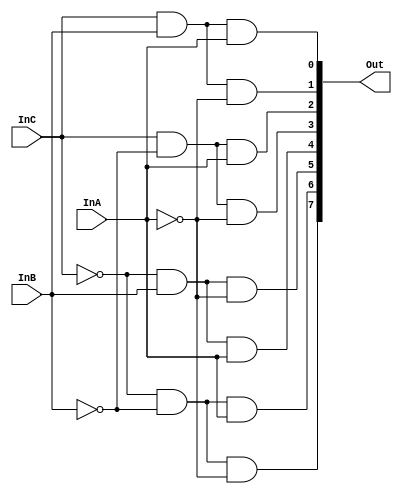
module decoder3_8(Out, InA, InB, InC);

	output [7:0] Out;
	input InA, InB, InC;
	
	assign Out[7] = (~InC) & (~InB) & (~InA);
	assign Out[6] = (~InC) & (~InB) & (InA);
	assign Out[5] = (~InC) & (InB) & (~InA);
	assign Out[4] = (~InC) & (InB) & (InA);
	assign Out[3] = (InC) & (~InB) & (~InA);
	assign Out[2] = (InC) & (~InB) & (InA);
	assign Out[1] = (InC) & (InB) & (~InA);
	assign Out[0] = (InC) & (InB) & (InA);
	
	
	
endmodule